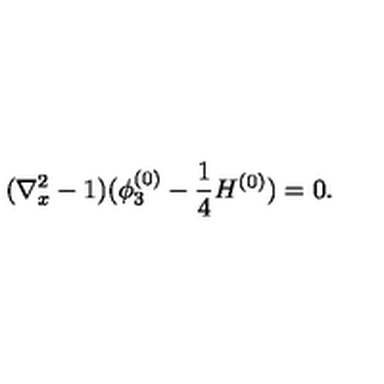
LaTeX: ( \nabla _ { x } ^ { 2 } - 1 ) ( \phi _ { 3 } ^ { ( 0 ) } - \frac { 1 } { 4 } H ^ { ( 0 ) } ) = 0 .